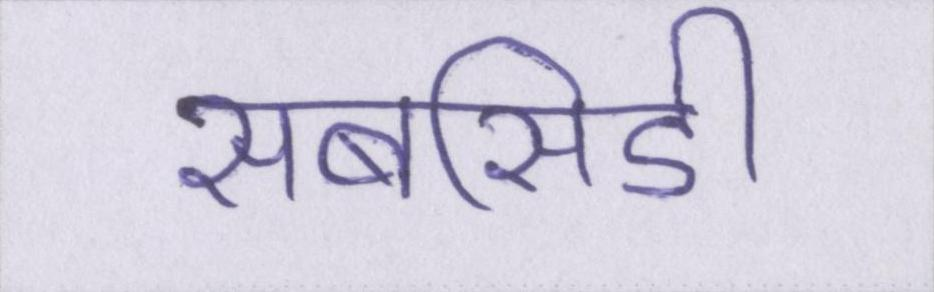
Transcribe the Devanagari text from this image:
सबसिडी